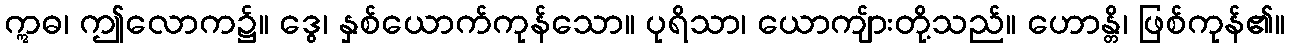
ဣဓ၊ ဤလောက၌။ ဒွေ၊ နှစ်ယောက်ကုန်သော။ ပုရိသာ၊ ယောကျ်ားတို့သည်။ ဟောန္တိ၊ ဖြစ်ကုန်၏။